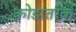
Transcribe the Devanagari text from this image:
कोडांतरक